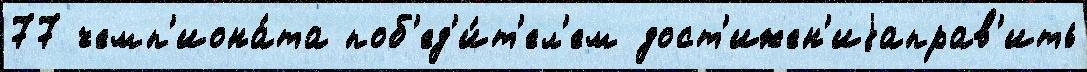
77 чемп'иона́та поб'ед'и́т'ел'ем дост'ижен'иjаправ'ить